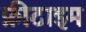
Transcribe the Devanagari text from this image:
फ्रीटाइम